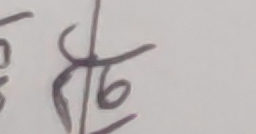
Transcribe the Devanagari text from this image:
ढ